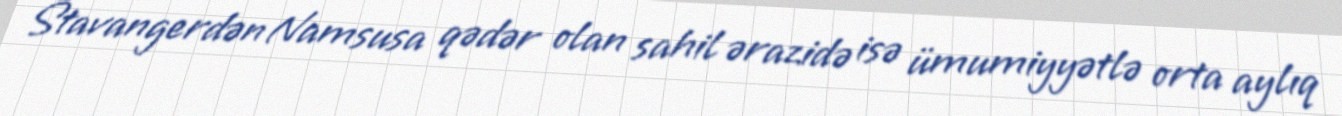
Stavangerdən Namsusa qədər olan sahil ərazidə isə ümumiyyətlə orta aylıq